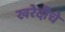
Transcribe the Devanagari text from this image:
खरेदीचे